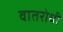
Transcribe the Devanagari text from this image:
वातरोधी